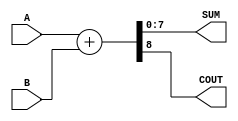
module ParametrizedAdder #(
    parameter WIDTH = 8  // Default bit-width is set to 8 bits
)(
    input  wire [WIDTH-1:0] A,    // First input operand
    input  wire [WIDTH-1:0] B,    // Second input operand
    output wire [WIDTH-1:0] SUM,   // Sum output
    output wire COUT               // Carry-out signal
);

    // Behavioral logic for addition
    assign {COUT, SUM} = A + B;  // Concatenate carry-out with sum

endmodule